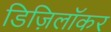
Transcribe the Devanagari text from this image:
डिज़िलॉकर